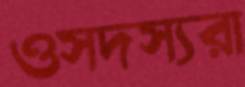
ওসদস্যরা